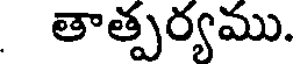
తాత్పర్యము.